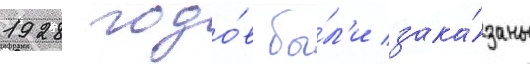
1928 годо́в бы́л'и зака́заны